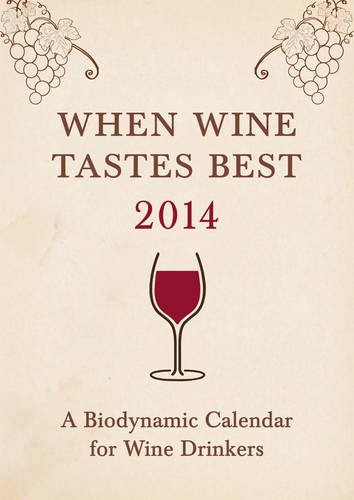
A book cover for When Wine Tastes Best 2014: A Biodynamic Calendar for Wine Drinkers (When Wine Tastes Best: A Biodynamic Calendar for Wine Drinkers); Matthias Thun; Calendars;